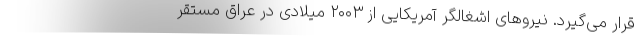
قرار می‌گیرد. نیروهای اشغالگر آمریکایی از ۲۰۰۳ میلادی در عراق مستقر